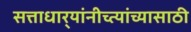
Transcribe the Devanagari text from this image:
सत्ताधार्‍यांनीच्त्यांच्यासाठी